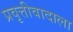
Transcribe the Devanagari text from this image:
प्रवृत्तीवादाला